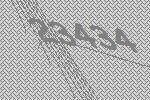
23434